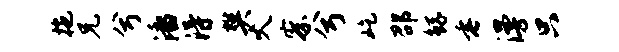
拖兄兮潘得樊火察兮屹邵鲧垂漫只